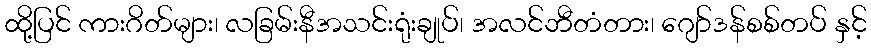
ထို့ပြင် ကားဂိတ်များ၊ လခြမ်းနီအသင်းရုံးချုပ်၊ အလင်ဘီတံတား၊ ဂျော်ဒန်စစ်တပ် နှင့်